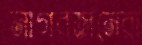
নাগরজনেরা